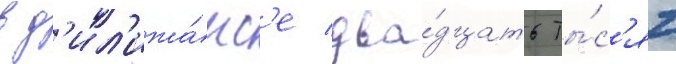
в д'ил'ижа́нс'е два́дцать ты́с'яч